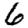
Digit: 6